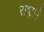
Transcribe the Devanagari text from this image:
राष्ट्रानेे